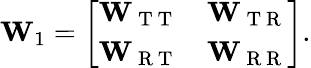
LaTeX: \mathbf{W}_{1}=\left[\begin{array}{ll}{\mathbf{W}_{\mathrm{~T~T~}}}&{\mathbf{W}_{\mathrm{~T~R~}}}\\ {\mathbf{W}_{\mathrm{~R~T~}}}&{\mathbf{W}_{\mathrm{~R~R~}}}\end{array}\right].